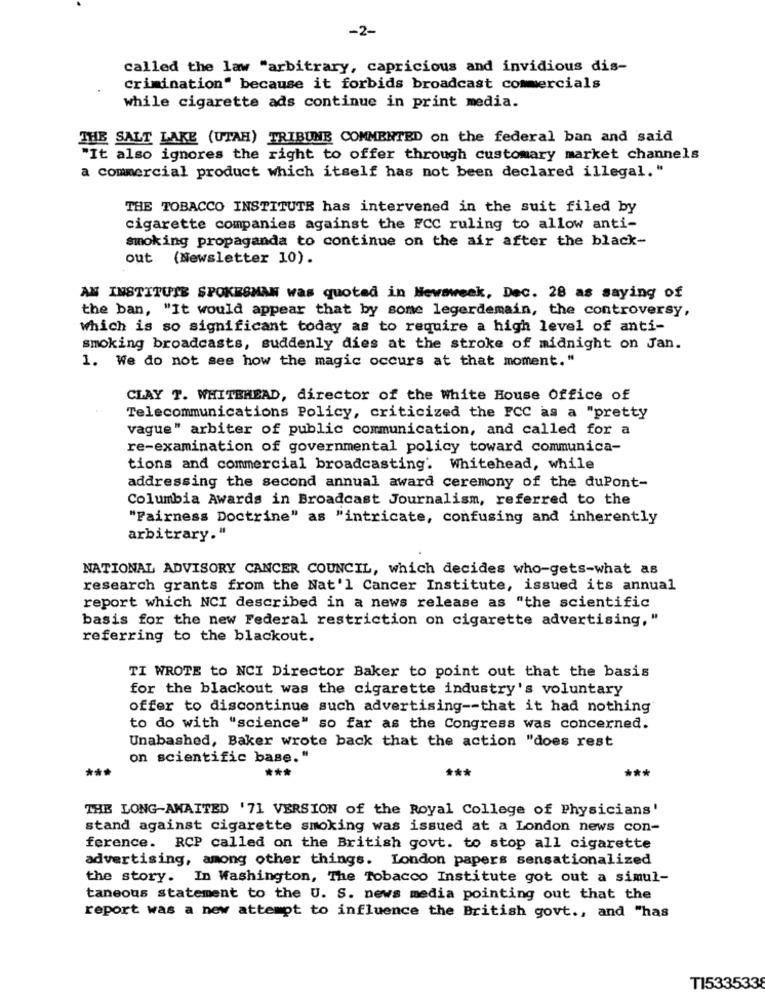
-2-
called the law "arbitrary, capricious and invidious dis-
crimination" because it forbids broadcast commercials
while cigarette ads continue in print media.
THE SALT LAKE (UTAH) TRIBUNE COMMENTED on the federal ban and said
"It also ignores the right to offer through customary market channels
a commercial product which itself has not been declared illegal."
THE TOBACCO INSTITUTE has intervened in the suit filed by
cigarette companies against the FCC ruling to allow anti-
smoking propaganda to continue on the air after the black-
out (Newsletter 10).
AN INSTITUTE SPOKESMAN was quoted in Newsweek, Dec. 28 as saying of
the ban, "It would appear that by some legerdemain, the controversy,
which is so significant today as to require a high level of anti-
smoking broadcasts, suddenly dies at the stroke of midnight on Jan.
1. We do not see how the magic occurs at that moment."
CLAY T. WHITBREAD, director of the white House Office of
Telecommunications Policy, criticized the FCC as a "pretty
vague" arbiter of public communication, and called for a
re-examination of governmental policy toward communica-
tions and commercial broadcasting. Whitehead, while
addressing the second annual award ceremony of the duPont-
Columbia Awards in Broadcast Journalism, referred to the
"Fairness Doctrine" as "intricate, confusing and inherently
arbitrary."
NATIONAL ADVISORY CANCER COUNCIL, which decides who-gets-what as
research grants from the Nat'l Cancer Institute, issued its annual
report which NCI described in a news release as "the scientific
basis for the new Federal restriction on cigarette advertising,"
referring to the blackout.
TI WROTE to NCI Director Baker to point out that the basis
for the blackout was the cigarette industry's voluntary
offer to discontinue such advertising -- that it had nothing
to do with "science" so far as the Congress was concerned.
Unabashed, Baker wrote back that the action "does rest
on scientific base."
***
***
***
***
THE LONG-AWAITED '71 VERSION of the Royal College of Physicians'
stand against cigarette smoking was issued at a London news con-
ference. RCP called on the British govt. to stop all cigarette
advertising, among other things. London papers sensationalized
the story. In Washington, The Tobacco Institute got out a simul-
taneous statement to the U. S. news media pointing out that the
report was a new attempt to influence the British govt ., and "has
TI533533